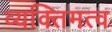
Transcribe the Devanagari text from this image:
व्यक्‍तिमत्व